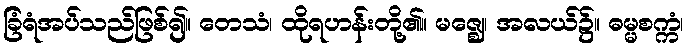
ခြံရံအပ်သည်ဖြစ်၍။ တေသံ၊ ထိုရဟန်းတို့၏။ မဇ္ဈေ၊ အလယ်၌။ ဓမ္မစက္ကံ၊